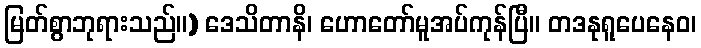
မြတ်စွာဘုရားသည်။) ဒေသိတာနိ၊ ဟောတော်မူအပ်ကုန်ပြီ။ တဒနုရူပေနေဝ၊